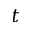
t